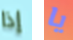
إذا يا